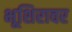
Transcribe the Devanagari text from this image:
भूशिरावर